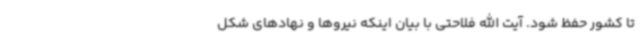
تا کشور حفظ شود. آیت الله فلاحتی با بیان اینکه نیروها و نهادهای شکل